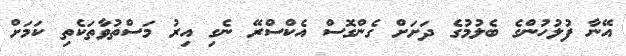
އޭނާ ފުލުހުންގެ ބެލުމުގެ ދަށަށް ގެންގޮސް އެކްސްރޭ ނެގި އިރު މަސްތުވާތަކެތި ކަމަށް